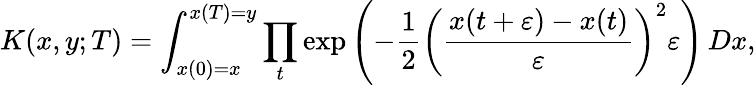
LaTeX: K(x,y;T)=\int_{x(0)=x}^{x(T)=y}\prod_{t}\exp\left(-{\frac{1}{2}}\left({\frac{x(t+\varepsilon)-x(t)}{\varepsilon}}\right)^{2}\varepsilon\right)\, Dx,